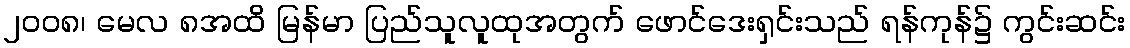
၂၀၀၈၊ မေလ ၈အထိ မြန်မာ ပြည်သူလူထုအတွက် ဖောင်ဒေးရှင်းသည် ရန်ကုန်၌ ကွင်းဆင်း